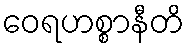
ဝေရဟစ္စာနီတိ